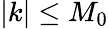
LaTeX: |k|\leq M_{0}